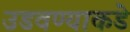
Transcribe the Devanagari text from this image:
उडवण्याकडे